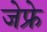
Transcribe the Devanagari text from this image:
जेफ्रे